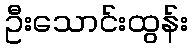
ဦးသောင်းထွန်း